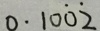
0 . 1 0 \dot { 0 } \dot { 2 }